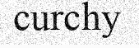
curchy